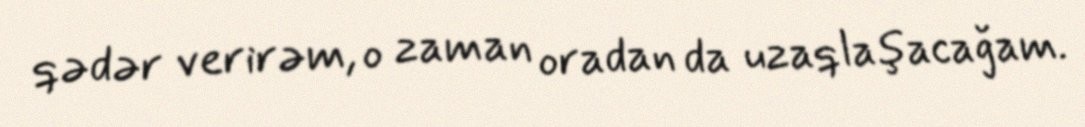
qədər verirəm, o zaman oradan da uzaqlaşacağam.